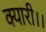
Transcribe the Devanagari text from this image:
क्यारी।।